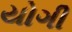
યોગી